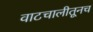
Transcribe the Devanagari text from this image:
वाटचालीतूनच